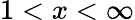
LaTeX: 1<x<\infty